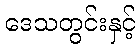
ဒေသတွင်းနှင့်